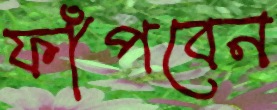
ফাঁপবেন